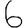
Digit: 6